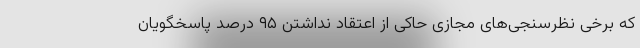
که برخی نظرسنجی‌های مجازی حاکی از اعتقاد نداشتن ۹۵ درصد پاسخگویان